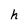
Character: h